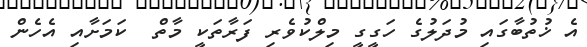
އެ ޚުތުބާގައި މުދަލުގެ ހަގީގީ މިލްކުވެރި ފަރާތަކީ މާތް  ކަމަށާއި އެހެން